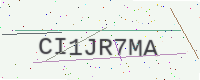
Text: CI1JR7MA